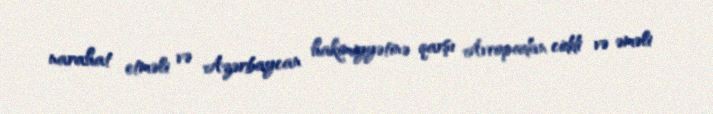
narahat etməli və Azərbaycan hakimiyyətinə qarşı Avropadan ciddi və əməli